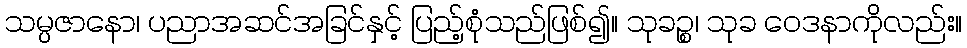
သမ္ပဇာနော၊ ပညာအဆင်အခြင်နှင့် ပြည့်စုံသည်ဖြစ်၍။ သုခဉ္စ၊ သုခ ဝေဒနာကိုလည်း။